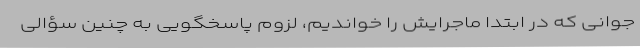
جوانی که در ابتدا ماجرایش را خواندیم، لزوم پاسخگویی به چنین سؤالی